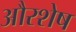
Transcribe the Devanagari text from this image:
औरशेष